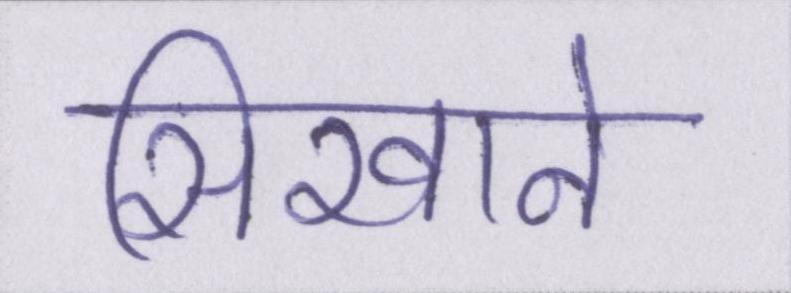
सिखाने